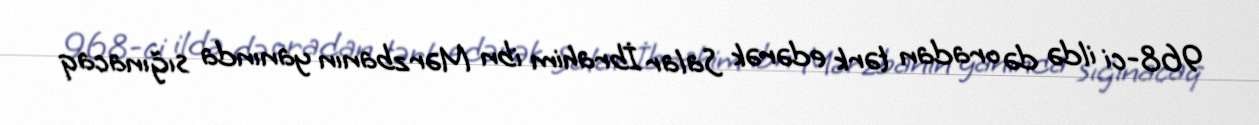
968-ci ildə də oradan tərk edərək Salar İbrahim ibn Mərzbanın yanında sığınacaq